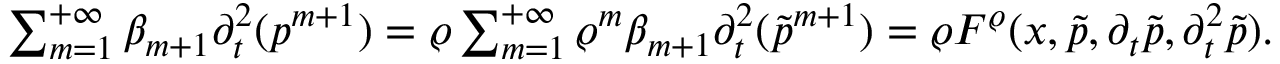
\begin{array} { r } { \sum _ { m = 1 } ^ { + \infty } \beta _ { m + 1 } \partial _ { t } ^ { 2 } ( p ^ { m + 1 } ) = \varrho \sum _ { m = 1 } ^ { + \infty } \varrho ^ { m } \beta _ { m + 1 } \partial _ { t } ^ { 2 } ( \tilde { p } ^ { m + 1 } ) = \varrho F ^ { \varrho } ( x , \tilde { p } , \partial _ { t } \tilde { p } , \partial _ { t } ^ { 2 } \tilde { p } ) . } \end{array}